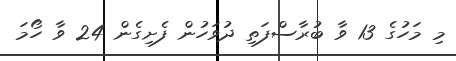
މި މަހުގެ 13 ވާ ބުރާސްފަތި ދުވަހުން ފެށިގެން 24 ވާ ހޯމަ